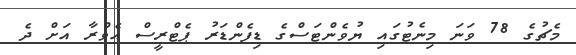
މެޗުގެ 78 ވަނަ މިނެޓުގައި ޔުވެންޓަސްގެ ޑިފެންޑަރު ޕެޓްރީސް އެވްރާ އަށް ދެ